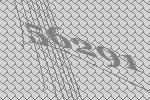
56291